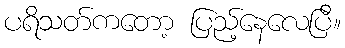
ပရိသတ်ကတော့ ပြည့်နေလေပြီ။